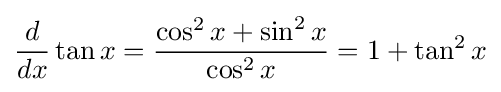
{\frac {d}{dx}}\tan x={\frac {\cos ^{2}x+\sin ^{2}x}{\cos ^{2}x}}=1+\tan ^{2}x